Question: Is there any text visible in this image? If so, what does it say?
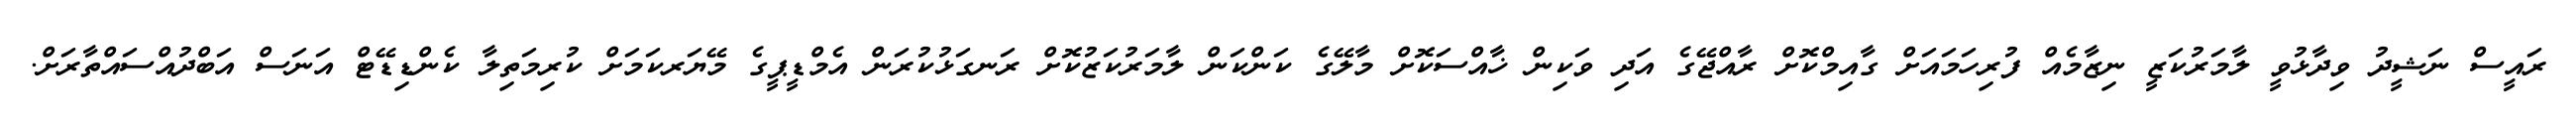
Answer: ރައީސް ނަޝީދު ވިދާޅުވީ ލާމަރުކަޒީ ނިޒާމެއް ފުރިހަމައަށް ގާއިމްކޮށް ރާއްޖޭގެ އަދި ވަކިން ޚާއްސަކޮށް މާލޭގެ ކަންކަން ލާމަރުކަޒުކޮށް ރަނގަޅުކުރަން އެމްޑީޕީގެ މޭޔަރކަމަށް ކުރިމަތިލާ ކެންޑިޑޭޓް އަނަސް އަބްދުއްސައްތާރަށް.